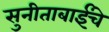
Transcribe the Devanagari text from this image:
सुनीताबाईंचे